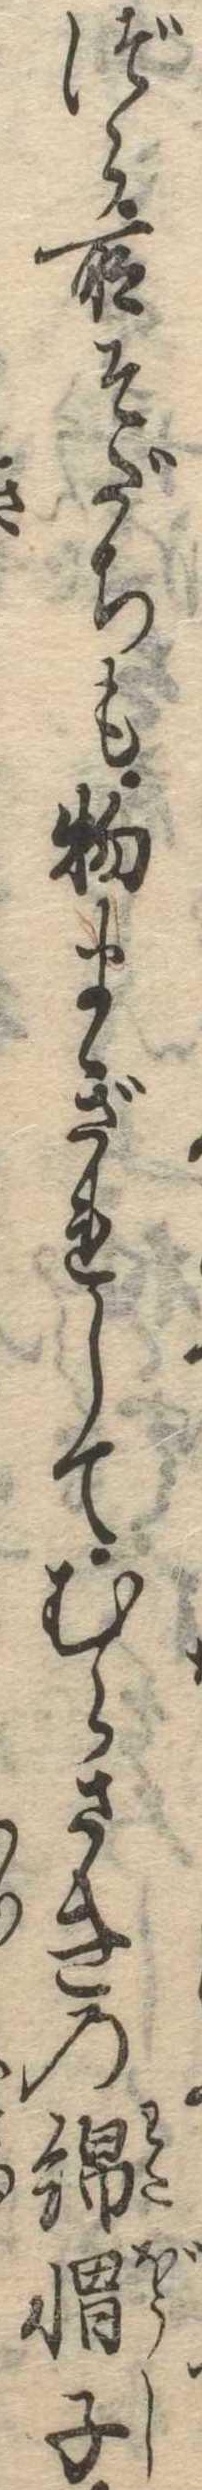
づら所そだちも物まぎれしてむらさきの綿帽子